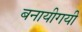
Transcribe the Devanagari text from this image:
बनायीगयी